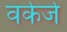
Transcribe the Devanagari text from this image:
वर्कर्ज